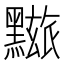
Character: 𪒓